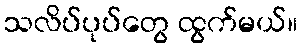
သလိပ်ပုပ်တွေ ထွက်မယ်။